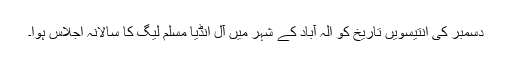
دسمبر کی انتیسویں تاریخ کو الٰہ آباد کے شہر میں آل انڈیا مسلم لیگ کا سالانہ اجلاس ہوا۔